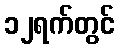
၁၂ရက်တွင်